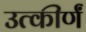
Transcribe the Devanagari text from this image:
उत्कीर्णं